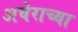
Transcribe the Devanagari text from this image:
अघेराच्या